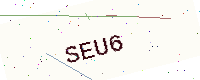
Text: SEU6